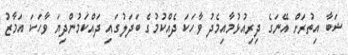
ޝަބާ އިތުރަށް އޭނަގެ ދިރިއުޅުމާއިމެދު ވާހަކަ ދެއްކުމުގެ ބަދަލުގައި ދައްކަމުންދިޔަ ވާހަކަ އަމާޒު